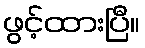
ဖွင့်ထားပြီ။